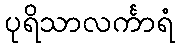
ပုရိသာလင်္ကာရံ